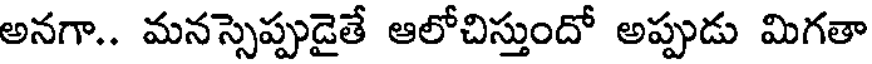
అనగా.. మనస్సెప్పుడైతే ఆలోచిస్తుందో అప్పుడు మిగతా